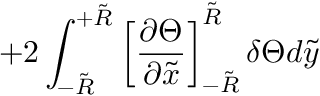
+ 2 \int _ { - \tilde { R } } ^ { + \tilde { R } } \left[ \frac { \partial \Theta } { \partial \tilde { x } } \right] _ { - \tilde { R } } ^ { \tilde { R } } \delta \Theta d \tilde { y }